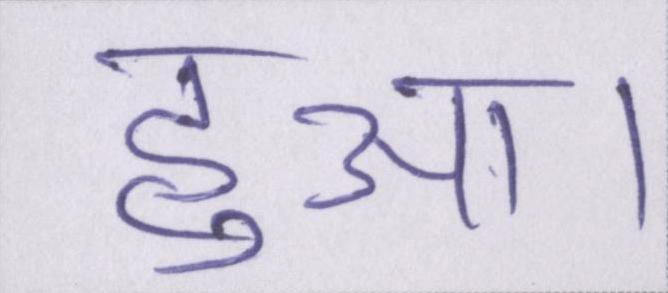
हुआ।